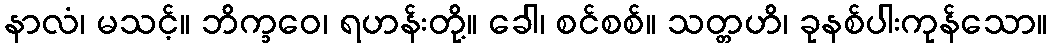
နာလံ၊ မသင့်။ ဘိက္ခဝေ၊ ရဟန်းတို့။ ခေါ၊ စင်စစ်။ သတ္တဟိ၊ ခုနစ်ပါးကုန်သော။